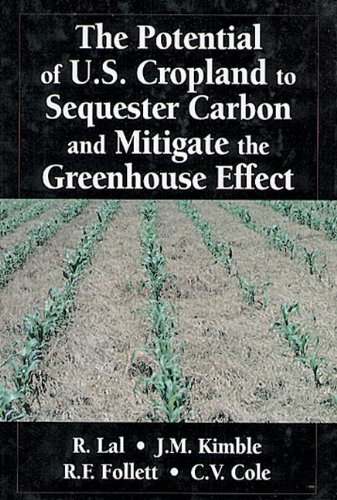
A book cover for The Potential of U.S. Cropland to Sequester Carbon and Mitigate the Greenhouse Effect; John M. Kimble; Crafts, Hobbies & Home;